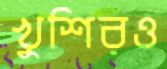
খুশিরও